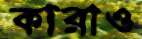
কারাও